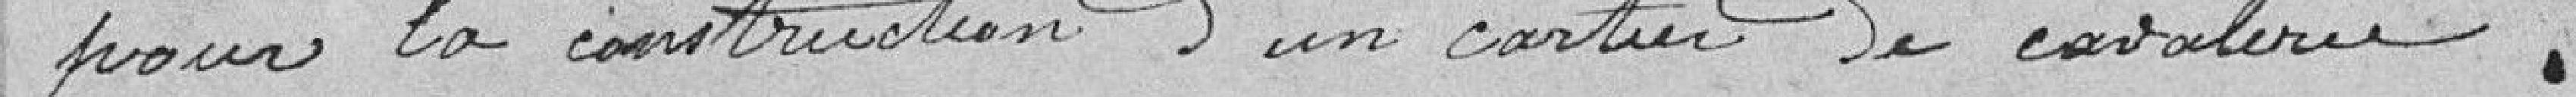
pour la construction d'un quartier de cavalerie.